Annual report on the working of the lock hospitals in the Central Provinces
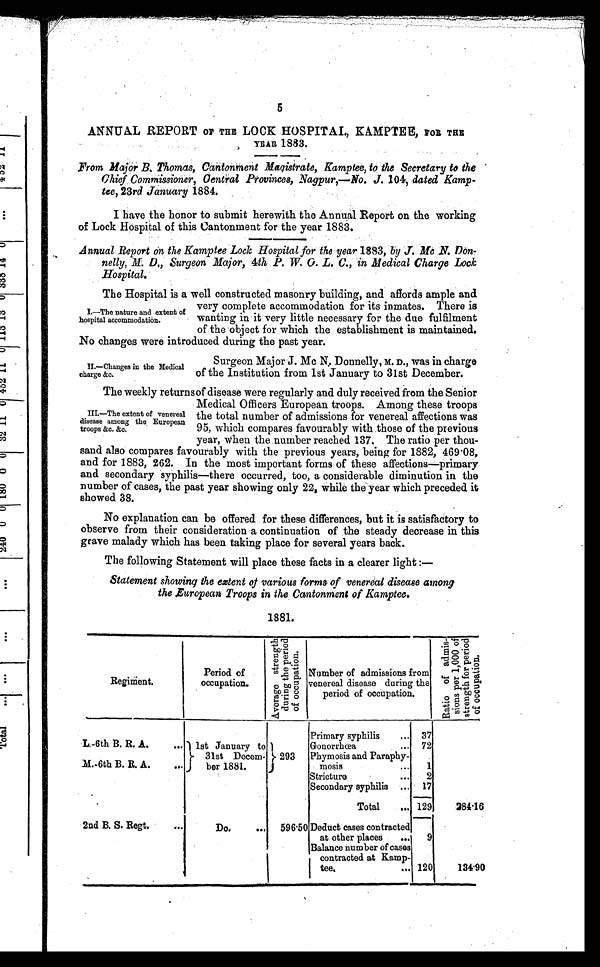
5
ANNUAL REPORT OF THE LOCK HOSPITAL, KAMPTEE, FOR THE
YEAR 1883.
From Major B. Thomas, Cantonment Magistrate, Kamptee, to the Secretary to the
Chief Commissioner, Central Provinces, Nagpur,—No. J. 104, dated Kamp-
tee, 23rd January 1884.
I have the honor to submit herewith the Annual Report on the working
of Lock Hospital of this Cantonment for the year 1883.
Annual Report on the Kamptee Lock Hospital for the year 1883, by J. Mc N. Don-
nelly, M. D., Surgeon Major, 4th P. W. O. L. C., in Medical Charge Lock
Hospital.
The Hospital is a well constructed masonry building, and affords ample and
very complete accommodation for its inmates. There is
wanting in it very little necessary for the due fulfilment
of the object for which the establishment is maintained.
No changes were introduced during the past year.
I.—The nature and extent of
hospital accommodation.
II.—Changes in the Medical
charge &c.
Surgeon Major J. Mc N. Donnelly, M. D., was in charge
of the Institution from 1st January to 31st December.
The weekly returns of disease were regularly and duly received from the Senior
Medical Officers European troops. Among these troops
the total number of admissions for venereal affections was
95, which compares favourably with those of the previous
year, when the number reached 137. The ratio per thou-
sand also compares favourably with the previous years, being for 1882, 469.08,
and for 1883, 262. In the most important forms of these affections—primary
and secondary syphilis—there occurred, too, a considerable diminution in the
number of cases, the past year showing only 22, while the year which preceded it
showed 38.
No explanation can be offered for these differences, but it is satisfactory to
observe from their consideration a continuation of the steady decrease in this
grave malady which has been taking place for several years back.
The following Statement will place these facts in a clearer light :—
Statement showing the extent of various forms of venereal disease among
the European Troops in the Cantonment of Kamptee.
1881.
Regiment.
Period of
occupation.
A v e r a g e s t r e n g t h d u r i n g t h e p e r i o d o f o c c u p a t i o n .
Number of admissions from
venereal disease during the
period of occupation.
R a t i o o f a d m i s -
s i o n s p e r 1 , 0 0 0 o f
s t r e n g t h f o r p e r i o d o f o c c u p a t i o n .
Primary syphilis
... 37
L-6th B. R. A.
... 1st January to
31st Decem-
ber 1881.
293
Gonorrhœa
... 72
M.-6th B. R. A.
...
Phymosis and Paraphy-
mosis
...
1
Stricture
...
2
Secondary syphilis ... 17
Total
... 129
2 8 4 . 1 6
2nd B. S. Regt.
...
Do. ...
596.50 Deduct cases contracted
at other places
...
9
Balance number of cases
contracted at Kamp-
tee. ...
120
1 3 4 . 9 0
III.—The extent of venereal
disease among the European
troops &c. &c.